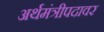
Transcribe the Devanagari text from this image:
अर्थमंत्रीपदावर